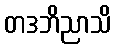
တဒဘိညာသိ